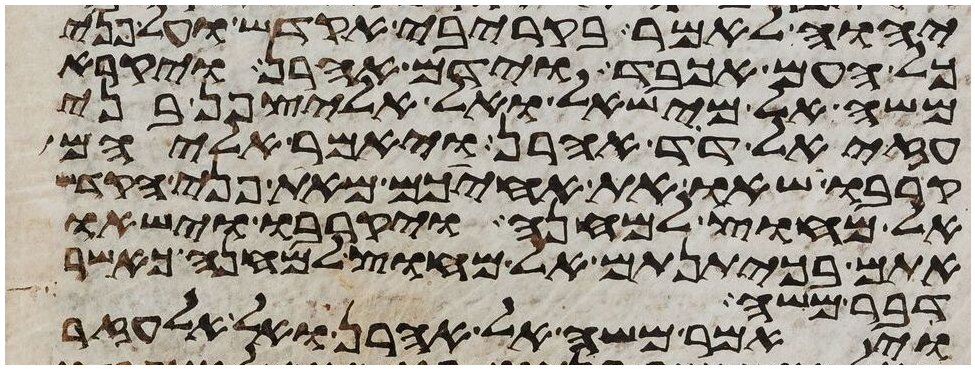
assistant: יהוה לאמר בקריבי אקדש ועל פני
כל העם אכבד וידם אהרן ויקרא
משה אל מישאל ואל אליצפן בני
עזיאל דד אהרן ויאמר אליהם
קרבו שאו את אחיכם מאת פני הקדש
אל מחוץ למחנה ויקרבו וישאו
אתם בכיתנותם אל מחוץ למחנה כאשר
דבר משה
ויאמר משה אל אהרן ואל אלעזר